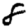
Digit: 8